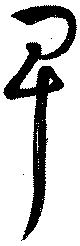
卑